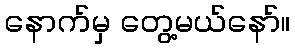
နောက်မှ တွေ့မယ်နော်။